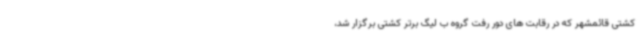
کشتی قائمشهر که در رقابت های دور رفت گروه ب لیگ برتر کشتی برگزار شد،